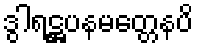
ဒွါရဋ္ဌပနမတ္တေနပိ